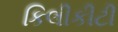
કિલીકીટી